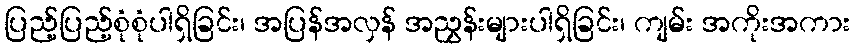
ပြည့်ပြည့်စုံစုံပါရှိခြင်း၊ အပြန်အလှန် အညွှန်းများပါရှိခြင်း၊ ကျမ်း အကိုးအကား